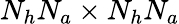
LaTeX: N_{h}N_{a}\times N_{h}N_{a}